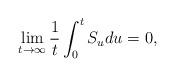
LaTeX: \begin{align*}\lim_{t \to \infty} \frac{1}{t }\int_0^t S_u du = 0,\end{align*}